Vaccination report Assam 1896-1927 - 1896-1927
Year: 1896
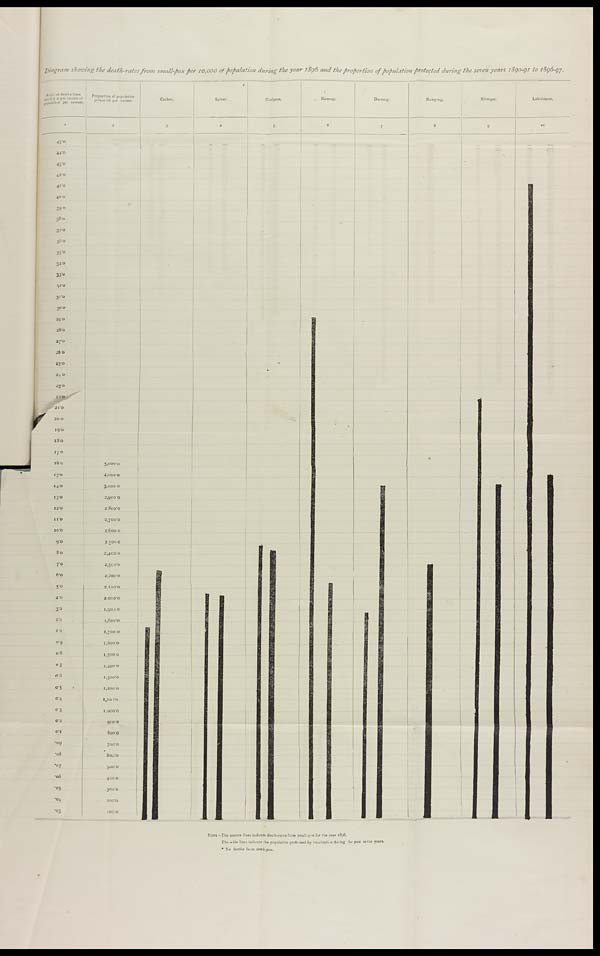
Diagram showing the death-rates from smalt-pox per 10,000 of population during the year 1896 and the proportion of population protected during the seven years 1890-91 to 1896-97.
NOTE—The narrow lines indicate death-rates from small-pox for the year 1896.
The wide lines indicate the population protected by vaccination during the past seven years,
* No deaths from small-pox.